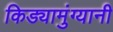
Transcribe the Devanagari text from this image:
किड्यामुंग्यानी